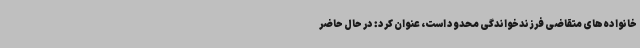
خانواده‌های متقاضی فرزندخواندگی محدود است، عنوان کرد: در حال حاضر